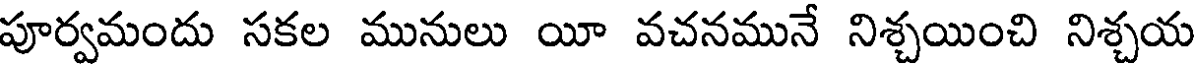
పూర్వమందు సకల మునులు యీ వచనమునే నిశ్చయించి నిశ్చయ